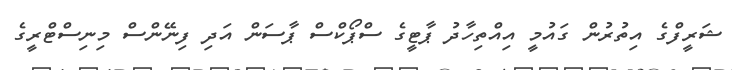
ޝަރީފްގެ އިތުރުން ގައުމީ އިއްތިހާދު ޕާޓީގެ ސްޕޯކްސް ޕާސަން އަދި ފިނޭންސް މިނިސްޓްރީގެ